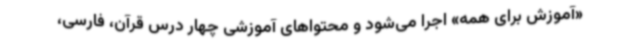
«آموزش برای همه» اجرا می‌شود و محتواهای آموزشی چهار درس قرآن، فارسی،